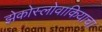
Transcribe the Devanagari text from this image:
झेकोस्लोवाकियाचा